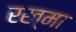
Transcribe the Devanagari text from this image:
रख्मा